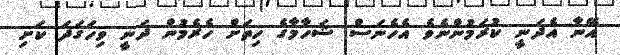
އޭނާ އެދަނީ ކުރަމުންނެވެ އެހެނަސް ޝަހާމާގެ ހިތަށް ހެރެމުން ދަނީ ވިހަގަދަ ކަށި